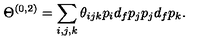
\Theta ^ { ( 0 , 2 ) } = \sum _ { i , j , k } \theta _ { i j k } p _ { i } d _ { f } p _ { j } p _ { j } d _ { f } p _ { k } .